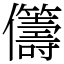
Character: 𠑥